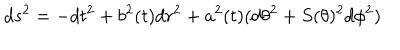
d s ^ { 2 } = - d t ^ { 2 } + b ^ { 2 } ( t ) d r ^ { 2 } + a ^ { 2 } ( t ) ( d \theta ^ { 2 } + S ( \theta ) ^ { 2 } d \phi ^ { 2 } )